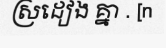
ស្រដៀង គ្នា . [n